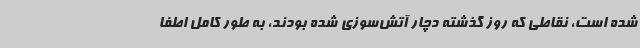
شده است، نقاطی که روز گذشته دچار آتش‌سوزی شده بودند، به طور کامل اطفا